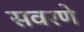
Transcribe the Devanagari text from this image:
सवरणे